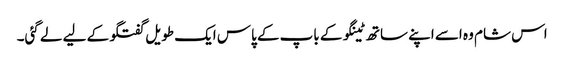
اس شام وہ اسے اپنے ساتھ ٹینگو کے باپ کے پاس ایک طویل گفتگو کے لیے لے گئی۔